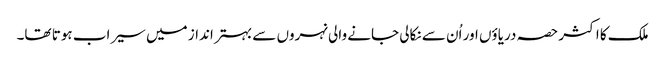
ملک کا اکثر حصہ دریاؤں اور اُن سے نکالی جانے والی نہروں سے بہتر انداز میں سیراب ہوتا تھا۔